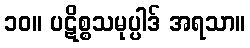
၁၀။ ပဋိစ္စသမုပ္ပါဒ် အရသာ။